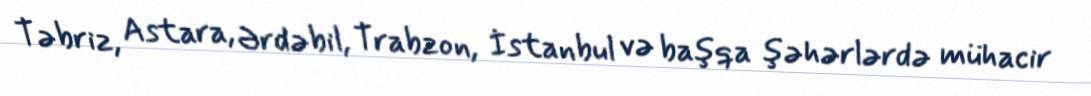
Təbriz, Astara, Ərdəbil, Trabzon, İstanbul və başqa şəhərlərdə mühacir